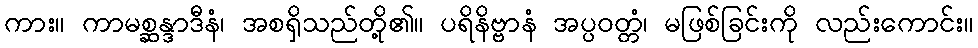
ကား။ ကာမစ္ဆန္ဒာဒီနံ၊ အစရှိသည်တို့၏။ ပရိနိဗ္ဗာနံ အပ္ပဝတ္တံ၊ မဖြစ်ခြင်းကို လည်းကောင်း။